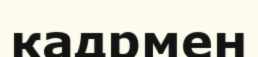
кадрмен